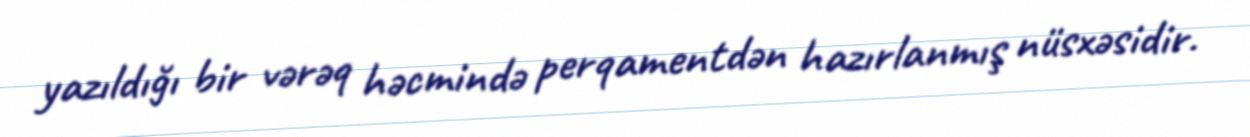
yazıldığı bir vərəq həcmində perqamentdən hazırlanmış nüsxəsidir.